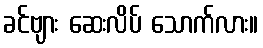
ခင်ဗျား ဆေးလိပ် သောက်လား။